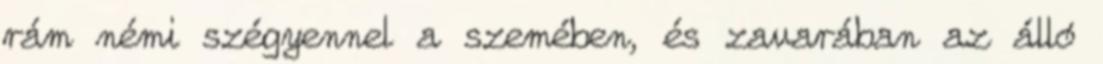
rám némi szégyennel a szemében, és zavarában az álló